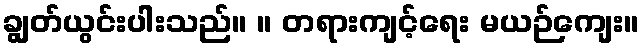
ချွတ်ယွင်းပါးသည်။ ။ တရားကျင့်ရေး မယဉ်ကျေး။